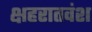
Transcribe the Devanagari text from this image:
क्षहरातवंश